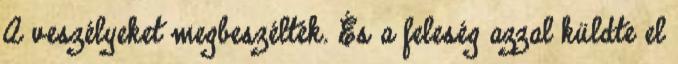
A veszélyeket megbeszélték. És a feleség azzal küldte el